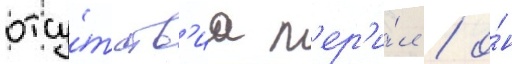
отсу́тств'иа п'ер'и́л / о́н